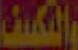
والتكييف